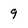
Character: 9